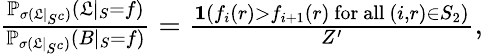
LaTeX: \begin{array}{r}{\frac{\mathbb{P}_{\sigma(\mathfrak{L}|_{S^{c}})}(\mathfrak{L}|_{S}=f)}{\mathbb{P}_{\sigma(\mathfrak{L}|_{S^{c}})}(B|_{S}=f)}=\frac{\mathbf{1}(f_{i}(r)>f_{i+1}(r)\mathrm{~for~all~}(i,r)\in S_{2})}{Z^{\prime}},}\end{array}